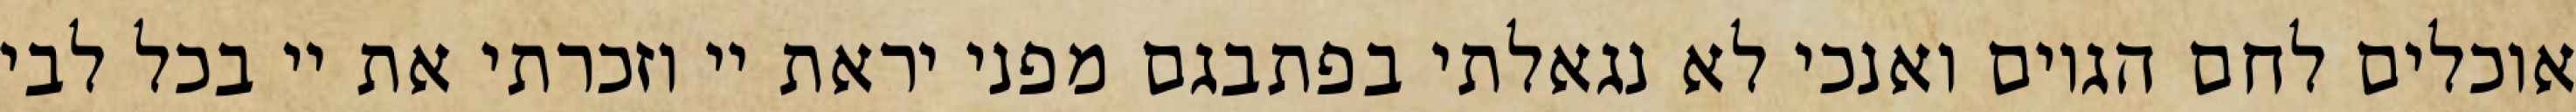
אוכלים לחם הגוים ואנכי לא נגאלתי בפתבגם מפני יראת יי וזכרתי את יי בכל לבי